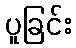
ပူခြင်း